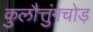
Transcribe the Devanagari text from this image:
कुलौत्तुंगचोड़